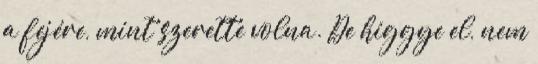
a fejére, mint szerette volna. De higgye el, nem